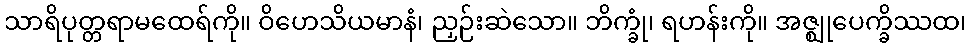
သာရိပုတ္တရာမထေရ်ကို။ ဝိဟေသိယမာနံ၊ ညှဉ်းဆဲသော။ ဘိက္ခုံ၊ ရဟန်းကို။ အဇ္ဈုပေက္ခိဿထ၊